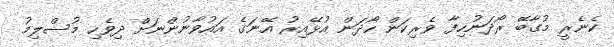
ކެނެރީ މުގާބޭ ރޯދަނުހިފާ ވެރިކަން ހޯދަން އުޅޭއިރު އޭނަގެ އައުވާނުންނަށް ދިވެހި މުސްލިމު